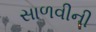
સાળવીની